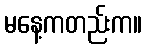
မနေ့ကတည်းက။